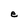
Character: e